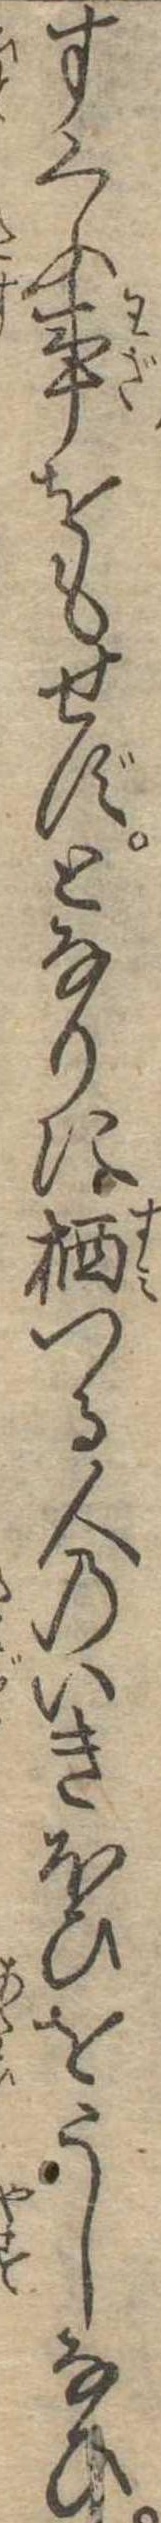
すくふ事をもせずとなりに棲つる人のいきほひをうしなひ